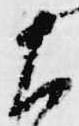
右